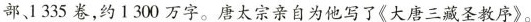
部、1335卷，约1300万字。唐太宗亲自为他写了《大唐三藏圣教序》。